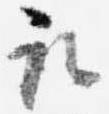
取